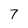
Character: 7